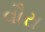
વૌરા